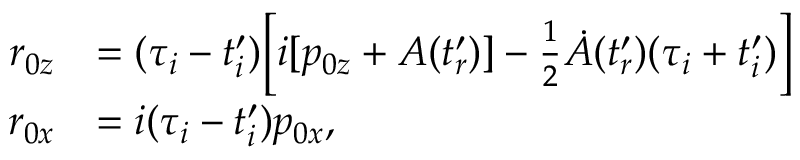
\begin{array} { r l } { r _ { 0 z } } & { = ( \tau _ { i } - t _ { i } ^ { \prime } ) \biggl [ i [ p _ { 0 z } + A ( t _ { r } ^ { \prime } ) ] - \frac { 1 } { 2 } \dot { A } ( t _ { r } ^ { \prime } ) ( \tau _ { i } + t _ { i } ^ { \prime } ) \biggr ] } \\ { r _ { 0 x } } & { = i ( \tau _ { i } - t _ { i } ^ { \prime } ) p _ { 0 x } , } \end{array}